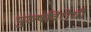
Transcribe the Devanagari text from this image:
पुरुषविरोधी